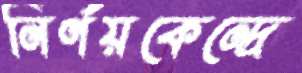
নির্ণয়কেন্দ্রে